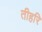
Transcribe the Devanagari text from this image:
तीहरि